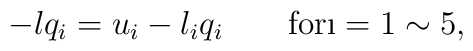
-lq_i = u_i - l_{i}q_{i} \quad \quad {\rm for} \i=1 \sim 5,